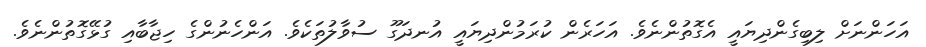
އަހަންނަށް ލިބިގެންދިޔައީ އެގޮތުންނެވެ. އަހަރެން ކުރަމުންދިޔައީ އުނދަގޫ ސުވާލުތަކެވެ. އަންހެނުންގެ ހިޖާބާއި ގުޅޭގޮތުންނެވެ.